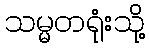
သမ္မတရုံးသို့